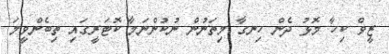
ޒީވް ކިހާ މޮޅު ދެން ހިނގާ މިތަނުން ނުކުންނަމާ ކޮޓަރީގައި ތިބެންވީމަ